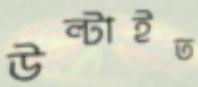
উল্‌টাইত